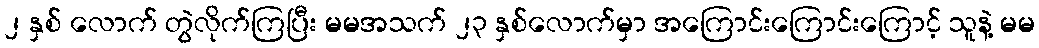
၂ နှစ် လောက် တွဲလိုက်ကြပြီး မမအသက် ၂၃ နှစ်လောက်မှာ အကြောင်းကြောင်းကြောင့် သူနဲ့ မမ